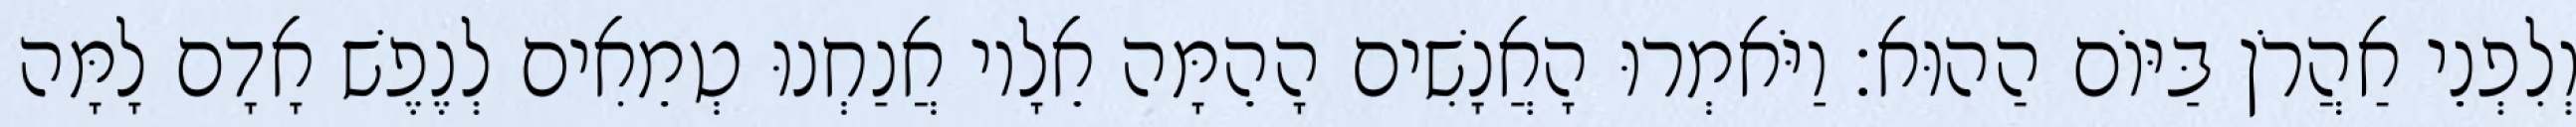
וְלִפְנֵי אַהֲרֹן בַּיּוֹם הַהוּא׃ וַיֹּאמְרוּ הָאֲנָשִׁים הָהֵמָּה אֵלָיו אֲנַחְנוּ טְמֵאִים לְנֶפֶשׁ אָדָם לָמָּה